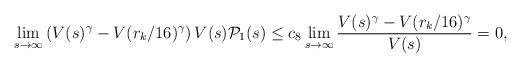
LaTeX: \begin{align*}\lim_{s\rightarrow \infty} \left( V(s)^\gamma -V(r_k / 16)^\gamma \right) V(s) \mathcal{P}_1(s) \leq c_8 \lim_{s\rightarrow\infty} \frac{V(s)^\gamma - V(r_k / 16)^\gamma}{V(s)} = 0,\end{align*}